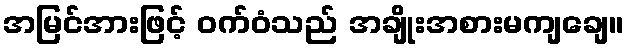
အမြင်အားဖြင့် ဝက်ဝံသည် အချိုးအစားမကျချေ။